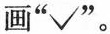
画"√"。